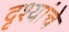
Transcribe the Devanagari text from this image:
दृश्यांचे